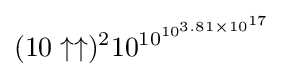
(10\uparrow \uparrow )^{2}10^{\,\!10^{10^{3.81\times 10^{17}}}}